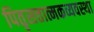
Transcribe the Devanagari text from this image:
पितृसत्तात्मकव्यवस्था